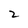
Character: 2